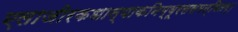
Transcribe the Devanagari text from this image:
एलाजीरकधान्याकनिम्बूरससमन्वितम्।